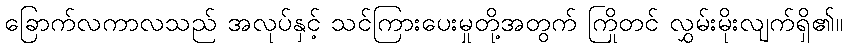
ခြောက်လကာလသည် အလုပ်နှင့် သင်ကြားပေးမှုတို့အတွက် ကြိုတင် လွှမ်းမိုးလျက်ရှိ၏။